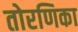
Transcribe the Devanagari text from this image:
तोरणिका